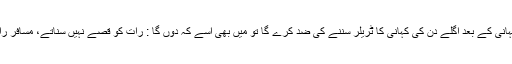
لیکن رات جب علی کہانی کے بعد اگلے دن کی کہانی کا ٹریلر سننے کی ضد کرے گا تو میں بھی اسے کہ دوں گا : رات کو قصے نہیں سناتے، مسافر راستہ بھول جاتے ہیں“۔